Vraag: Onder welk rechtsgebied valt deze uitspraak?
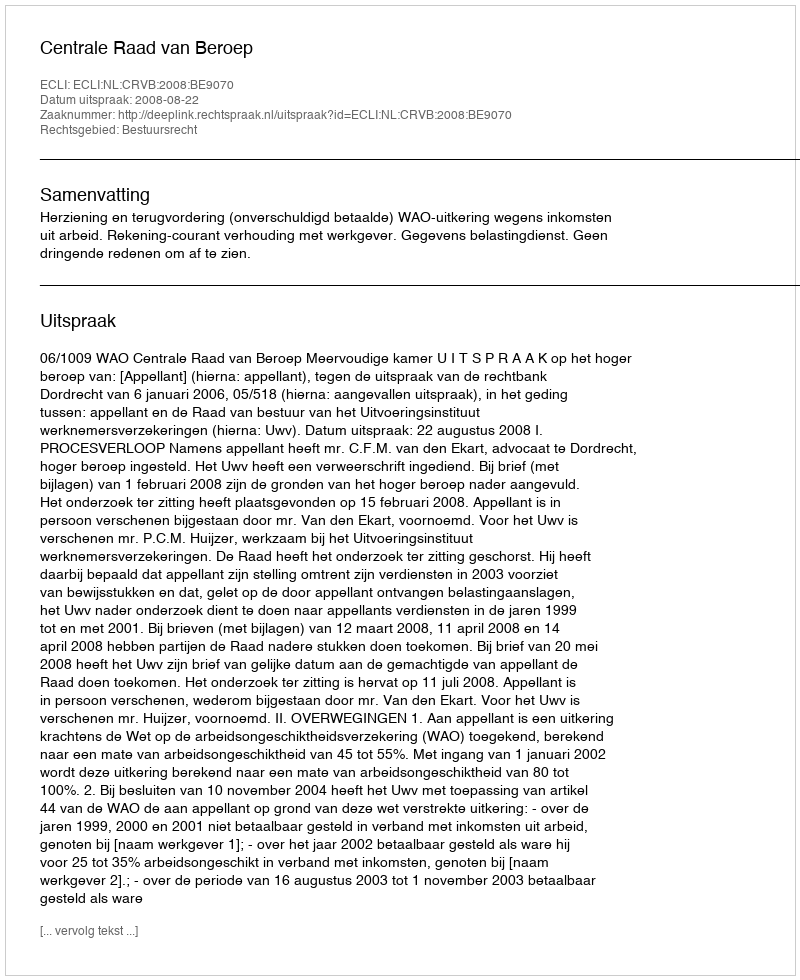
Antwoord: Bestuursrecht